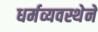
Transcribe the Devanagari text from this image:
धर्मव्यवस्थेने